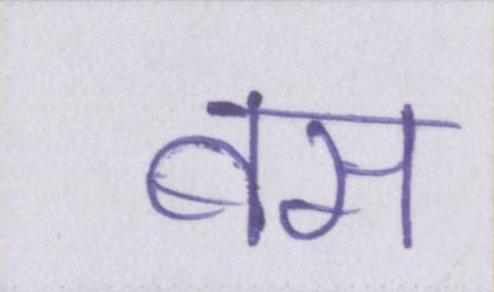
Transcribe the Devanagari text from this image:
बस